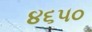
૪૬૫૦